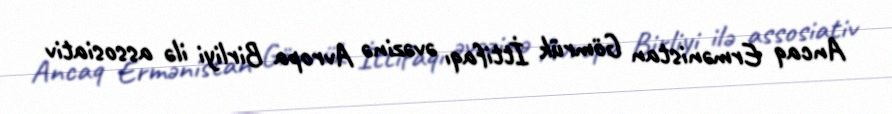
Ancaq Ermənistan Gömrük İttifaqı əvəzinə Avropa Birliyi ilə assosiativ